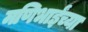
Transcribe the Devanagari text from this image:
मणिभाईंच्या